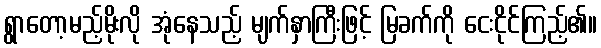
ရွာတော့မည့်မိုးလို အုံနေသည့် မျက်နှာကြီးဖြင့် မြခက်ကို ငေးငိုင်ကြည့်၏။